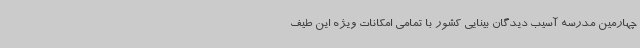
چهارمین مدرسه آسیب دیدگان بینایی کشور با تمامی امکانات ویژه این طیف